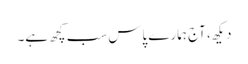
دیکھ، آج ہمارے پاس سب کچھ ہے۔